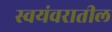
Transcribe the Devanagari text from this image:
स्वयंवरातील